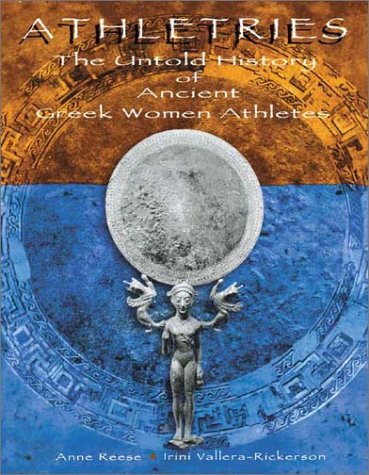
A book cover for Athletries: The Untold History of Ancient Greek Women Athletes; Anne Reese; Sports & Outdoors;